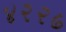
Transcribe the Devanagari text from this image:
४२२७